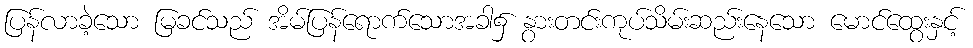
ပြန်လာခဲ့သော မြခင်သည် အိမ်ပြန်ရောက်သောအခါ၌ နွားတင်းကုပ်သိမ်းဆည်းနေသော မောင်ထွေးနှင့်